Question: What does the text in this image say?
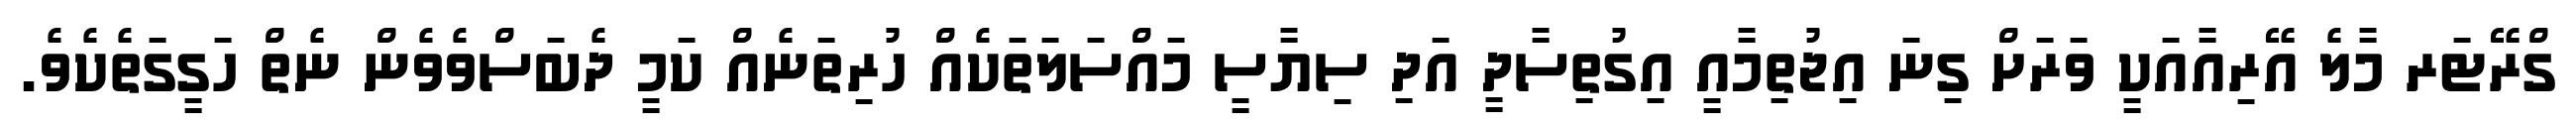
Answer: ގްރޭޓަރ މާލެ އޭރިއާއަކީ ވަރަށް ގިނަ އިޖުތިމާއީ އިގުތިސާދީ އަދި ސިޔާސީ މައްސަލަތަކެއް ހުރިތަނެއް ކަމީ ދެބަސްވެވެން ނެތް ހަގީގަތެކެވެ.